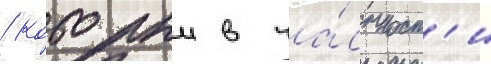
/ которыи в ча́стност'и